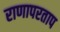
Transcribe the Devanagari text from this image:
राणापरताप